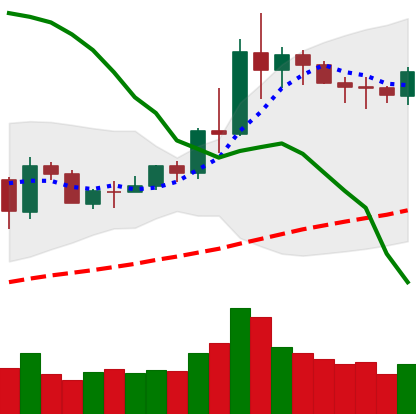
Ticker: NEO-USD
Chart end date: 2020-06-09
Forward return: -11.437%
Label: down_7plus